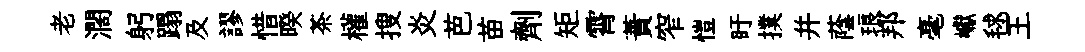
老濶躬蹋及謬惜暌茶權搜炎芭苗劑矩霄蕡窄愷盱撲并蔭琅邦毫巘毬王